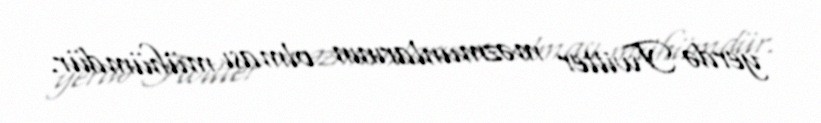
yerdə Twitter məzmunlarının olması mühümdür.